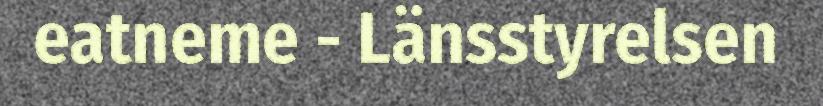
eatneme - Länsstyrelsen